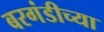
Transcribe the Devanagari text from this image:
बरगंडीच्या